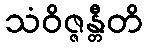
သံဝိဇ္ဇန္တီတိ